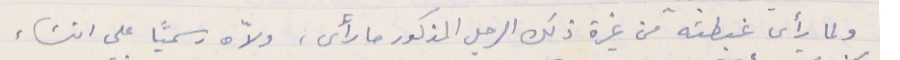
ولما رأى غبطته من غيرة ذلك الرجل المذكور ما رأى، ولاّه رسميًا على انشاء